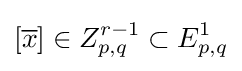
[{\overline {x}}]\in Z_{p,q}^{r-1}\subset E_{p,q}^{1}